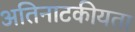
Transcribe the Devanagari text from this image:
अतिनाटकीयता